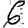
Digit: 6